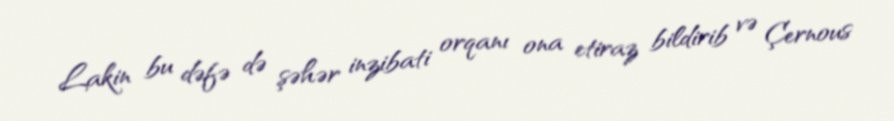
Lakin bu dəfə də şəhər inzibati orqanı ona etiraz bildirib və Çernous